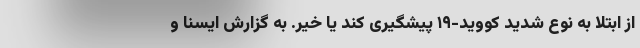
از ابتلا به نوع شدید کووید-۱۹ پیشگیری کند یا خیر. به گزارش ایسنا و